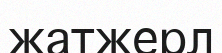
жатжерл